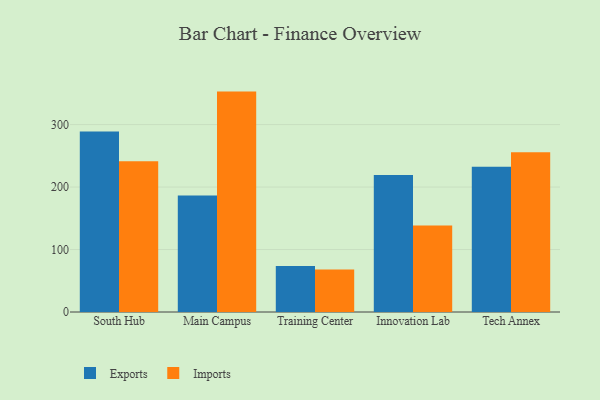
{"axis": {"x": "Campus", "y": "Shipments"}, "legend": ["Exports", "Imports"], "data": [{"x": "South Hub", "y": 289.0, "type": "Exports"}, {"x": "South Hub", "y": 241.5, "type": "Imports"}, {"x": "Main Campus", "y": 186.3, "type": "Exports"}, {"x": "Main Campus", "y": 352.8, "type": "Imports"}, {"x": "Training Center", "y": 73.5, "type": "Exports"}, {"x": "Training Center", "y": 68.0, "type": "Imports"}, {"x": "Innovation Lab", "y": 219.3, "type": "Exports"}, {"x": "Innovation Lab", "y": 138.4, "type": "Imports"}, {"x": "Tech Annex", "y": 232.4, "type": "Exports"}, {"x": "Tech Annex", "y": 255.6, "type": "Imports"}]}